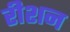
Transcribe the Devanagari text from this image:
रीशन